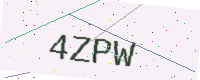
Text: 4ZPW